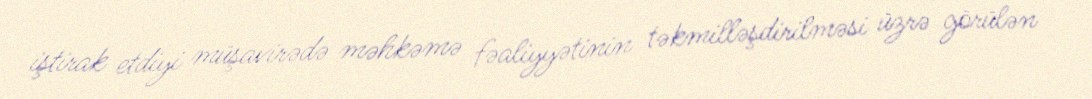
iştirak etdiyi müşavirədə məhkəmə fəaliyyətinin təkmilləşdirilməsi üzrə görülən